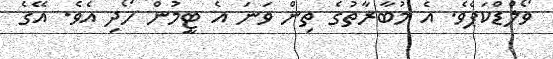
ވޯލްޑްކަޕެވެ. އެ މުބާރާތުގެ ތިން ވަނަ އެ ޓީމުން ހޯދި އެވެ. އޭގެ